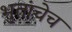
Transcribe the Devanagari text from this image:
भुतांचेच